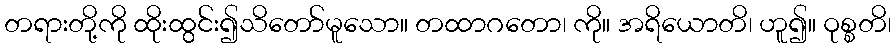
တရားတို့ကို ထိုးထွင်း၍သိတော်မူသော။ တထာဂတော၊ ကို။ အရိယောတိ၊ ဟူ၍။ ဝုစ္စတိ၊